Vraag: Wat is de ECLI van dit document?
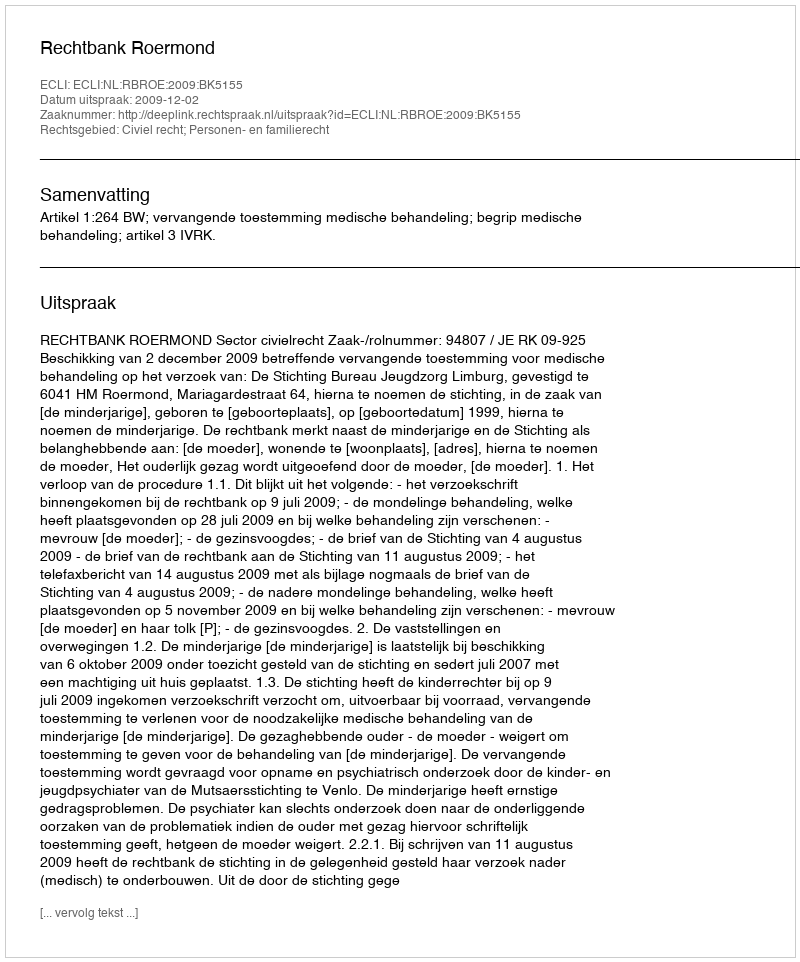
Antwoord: ECLI:NL:RBROE:2009:BK5155